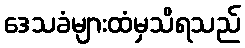
ဒေသခံများထံမှသိရသည်